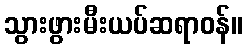
သွားဖွားမီးယပ်ဆရာဝန်။